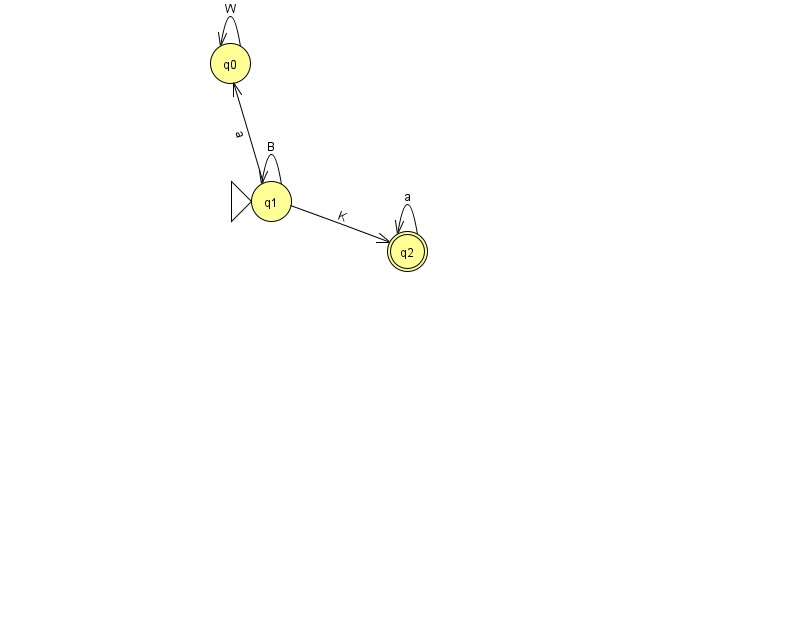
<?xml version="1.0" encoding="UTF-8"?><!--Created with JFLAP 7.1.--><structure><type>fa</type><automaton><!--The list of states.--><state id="0" name="q0"><x>230.0</x><y>50.0</y></state><state id="1" name="q1"><x>271.0</x><y>188.0</y><initial/></state><state id="2" name="q2"><x>407.0</x><y>238.0</y><final/></state><!--The list of transitions.--><transition><from>2</from><to>2</to><read>a</read></transition><transition><from>1</from><to>1</to><read>B</read></transition><transition><from>1</from><to>0</to><read>a</read></transition><transition><from>0</from><to>0</to><read>W</read></transition><transition><from>1</from><to>2</to><read>K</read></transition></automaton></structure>